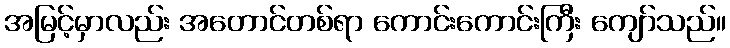
အမြင့်မှာလည်း အတောင်တစ်ရာ ကောင်းကောင်းကြီး ကျော်သည်။